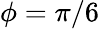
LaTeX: \phi=\pi/6